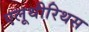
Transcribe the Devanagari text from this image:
एलूथीरिथस